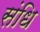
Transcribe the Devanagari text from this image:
संधि